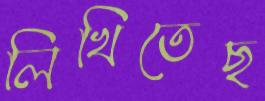
লিখিতেছ